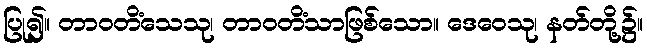
ပြု၍။ တာဝတိံသေသု၊ တာဝတိံသာဖြစ်သော။ ဒေဝေသု၊ နတ်တို့၌။